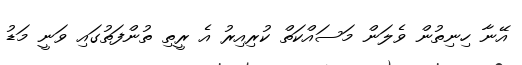
އޭނާ ހިނިތުން ވެލަން މަސައްކަތް ކުރިއިރު އެ ރީތި ތުންފަތުގައި ވަނީ މަޑު